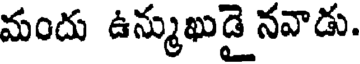
మందు ఉన్ముఖుడై నవాడు.